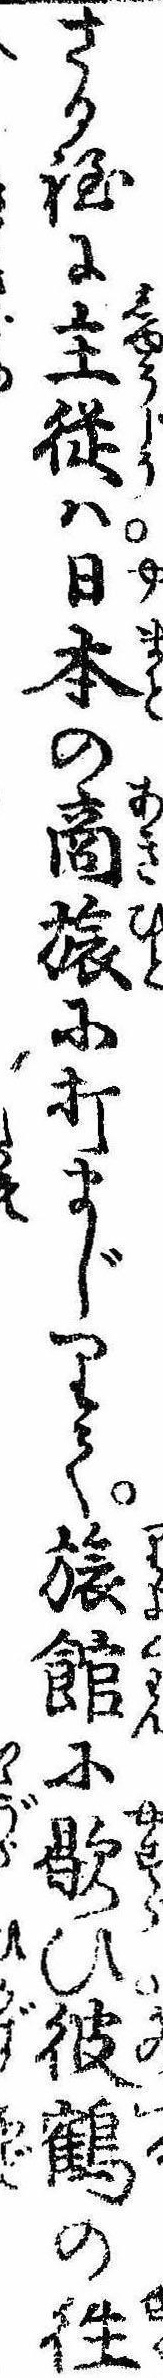
さる程に主従は日本の商旅に打まじりて旅館に歇ひ彼鶴の往